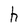
Character: h